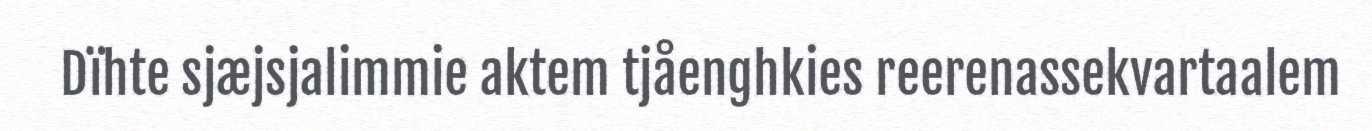
Dïhte sjæjsjalimmie aktem tjåenghkies reerenassekvartaalem